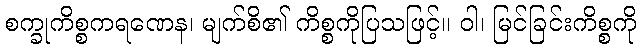
စက္ခုကိစ္စကရဏေန၊ မျက်စိ၏ ကိစ္စကိုပြသဖြင့်။ ဝါ၊ မြင်ခြင်းကိစ္စကို